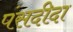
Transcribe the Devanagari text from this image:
पंसदीदा